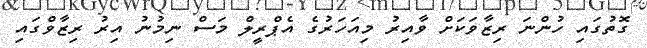
ގޮތުގައި ހުންނަ ރިޒާވަކަށް ވާއިރު މިއަހަރުގެ އެޕްރީލް މަސް ނިމުނު އިރު ރިޒާވްގައި